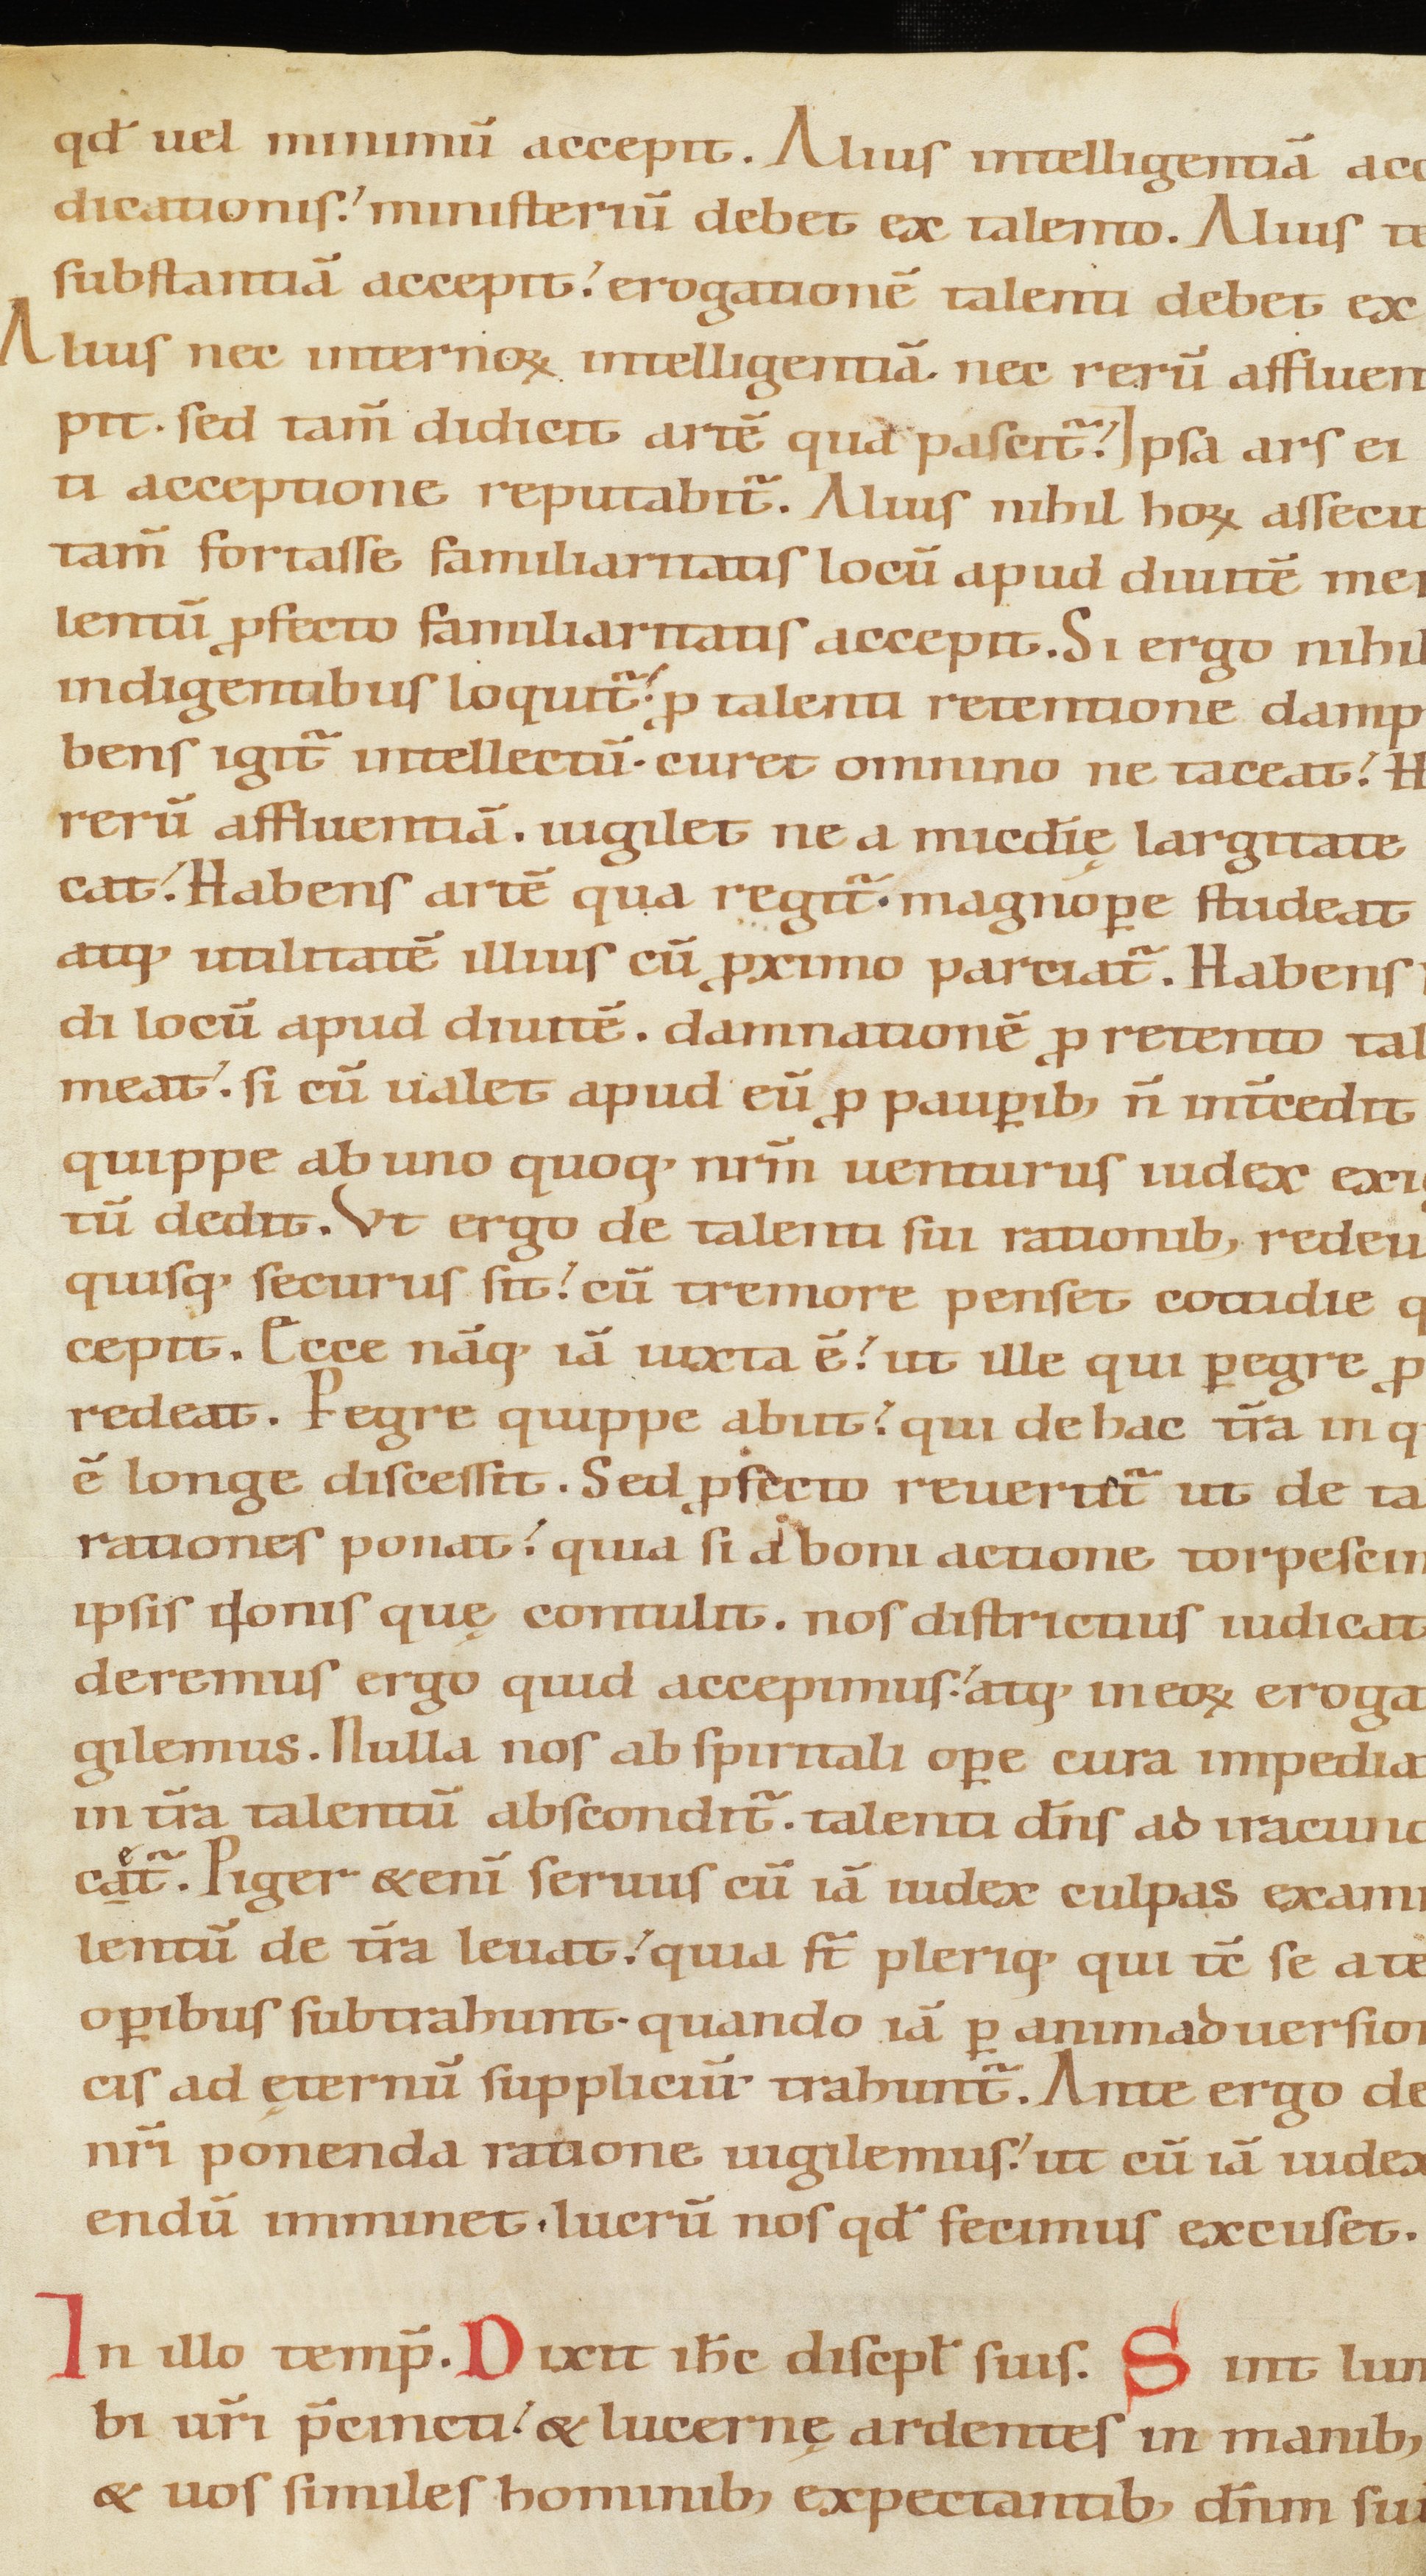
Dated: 1100–1199